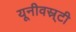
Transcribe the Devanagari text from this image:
यूनीवस्र्टी